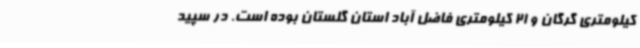
کیلومتری گرگان و 21 کیلومتری فاضل آباد استان گلستان بوده است. در سپید